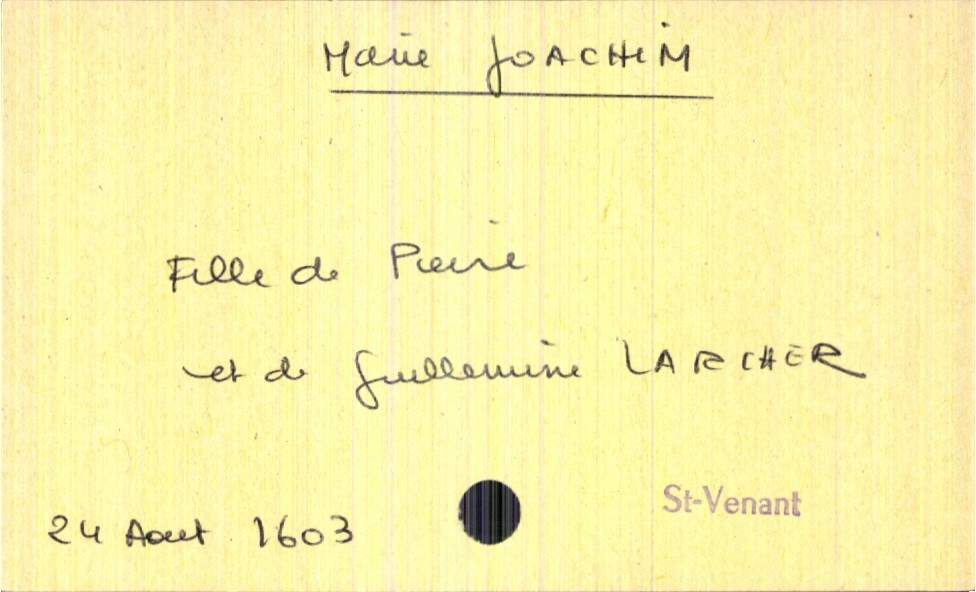
type_acte: Baptême
filiation: fille
enfant_prénom: Marie
enfant_date_de_naissance: 24 août 1603
enfant_lieu_de_naissance: Saint-Venant
père_enfant_nom: Joachim
père_enfant_prénom: Pierre
mère_enfant_nom: Larcher
mère_enfant_prénom: Guillemine